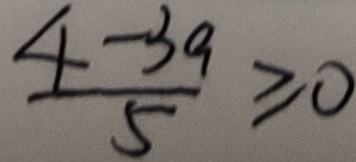
\frac { 4 - 3 a } { 5 } \geq 0